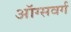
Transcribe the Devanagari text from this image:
ऑग्सवर्ग